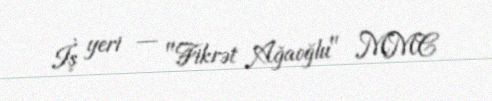
İş yeri — "Fikrət Ağaoğlu" MMC